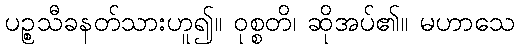
ပဉ္စသီခနတ်သားဟူ၍။ ဝုစ္စတိ၊ ဆိုအပ်၏။ မဟာသေ